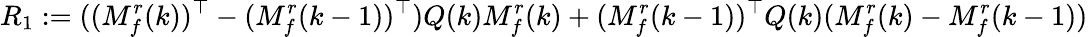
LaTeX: R_{1}:=((M_{f}^{r}(k))^{\top}-(M_{f}^{r}(k-1))^{\top})Q(k)M_{f}^{r}(k)+(M_{f}^{r}(k-1))^{\top}Q(k)(M_{f}^{r}(k)-M_{f}^{r}(k-1))